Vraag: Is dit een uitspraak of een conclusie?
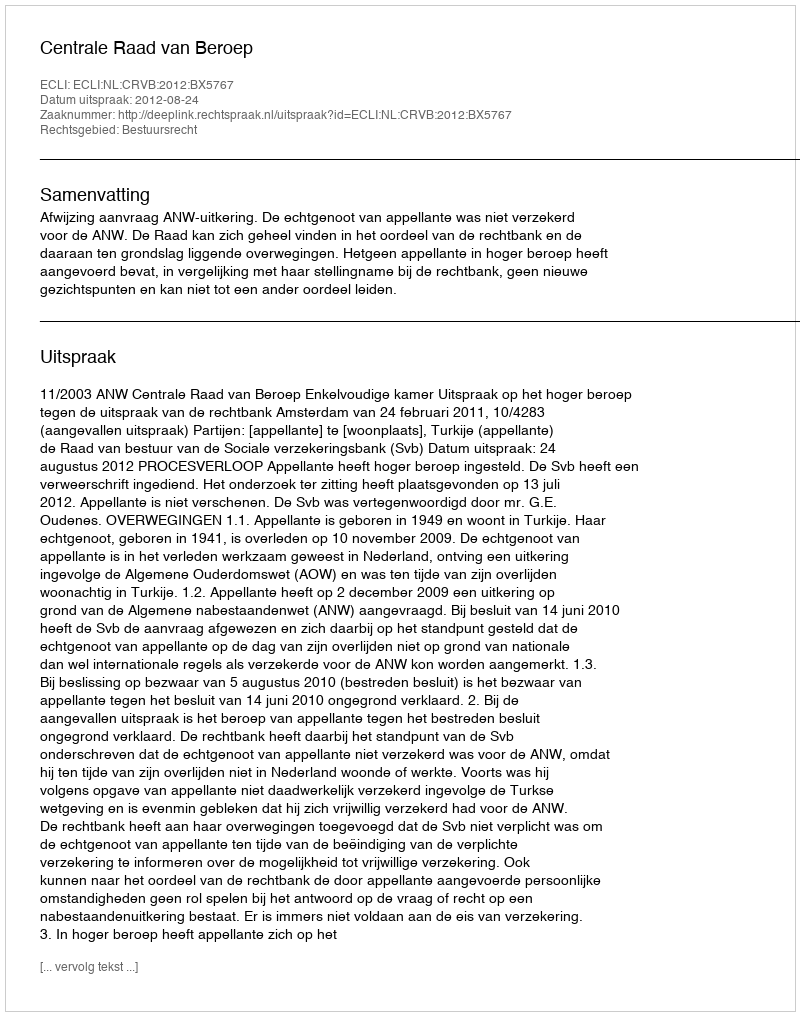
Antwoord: Uitspraak